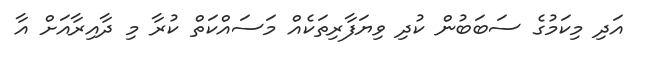
އަދި މިކަމުގެ ސަބަބުން ކުދި ވިޔަފާރިތަކެއް މަސައްކަތް ކުރާ މި ދާއިރާއަށް އާ